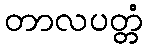
တာလပတ္တံ